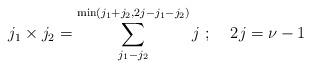
LaTeX: \begin{align*}j_1\times j_2=\sum_{j_1-j_2}^{\min(j_1+j_2,2j-j_1-j_2)}j\;;\;\;\;\;2j=\nu-1\end{align*}